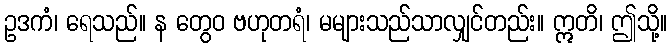
ဥဒကံ၊ ရေသည်။ န တွေဝ ဗဟုတရံ၊ မများသည်သာလျှင်တည်း။ ဣတိ၊ ဤသို့။